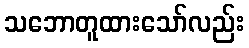
သဘောတူထားသော်လည်း